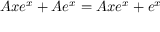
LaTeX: A x e ^ { x } + A e ^ { x } = A x e ^ { x } + e ^ { x }